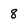
Character: 8